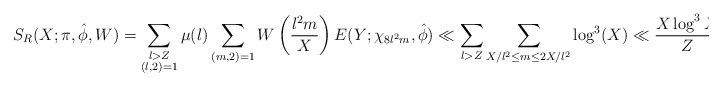
\begin{align*} S_R(X; \pi, \hat{\phi},W) &= \sum_{\substack{l>Z \\ (l, 2)=1}}\mu(l)\sum_{(m,2)=1} W \left( \frac{l^2m}{X} \right) E(Y;\chi_{8l^2m}, \hat{\phi}) \ll \sum_{l>Z}\sum_{X/l^2 \leq m \leq 2X/l^2} \log^{3}(X) \ll \frac {X \log^{3} X}{Z}.\end{align*}